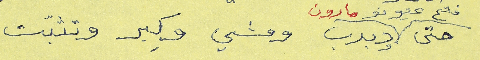
حتى فتح عيونو مارون ودبدب ومشي وكِبر وتثبَّت